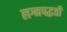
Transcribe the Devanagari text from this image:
लग्नपद्धती